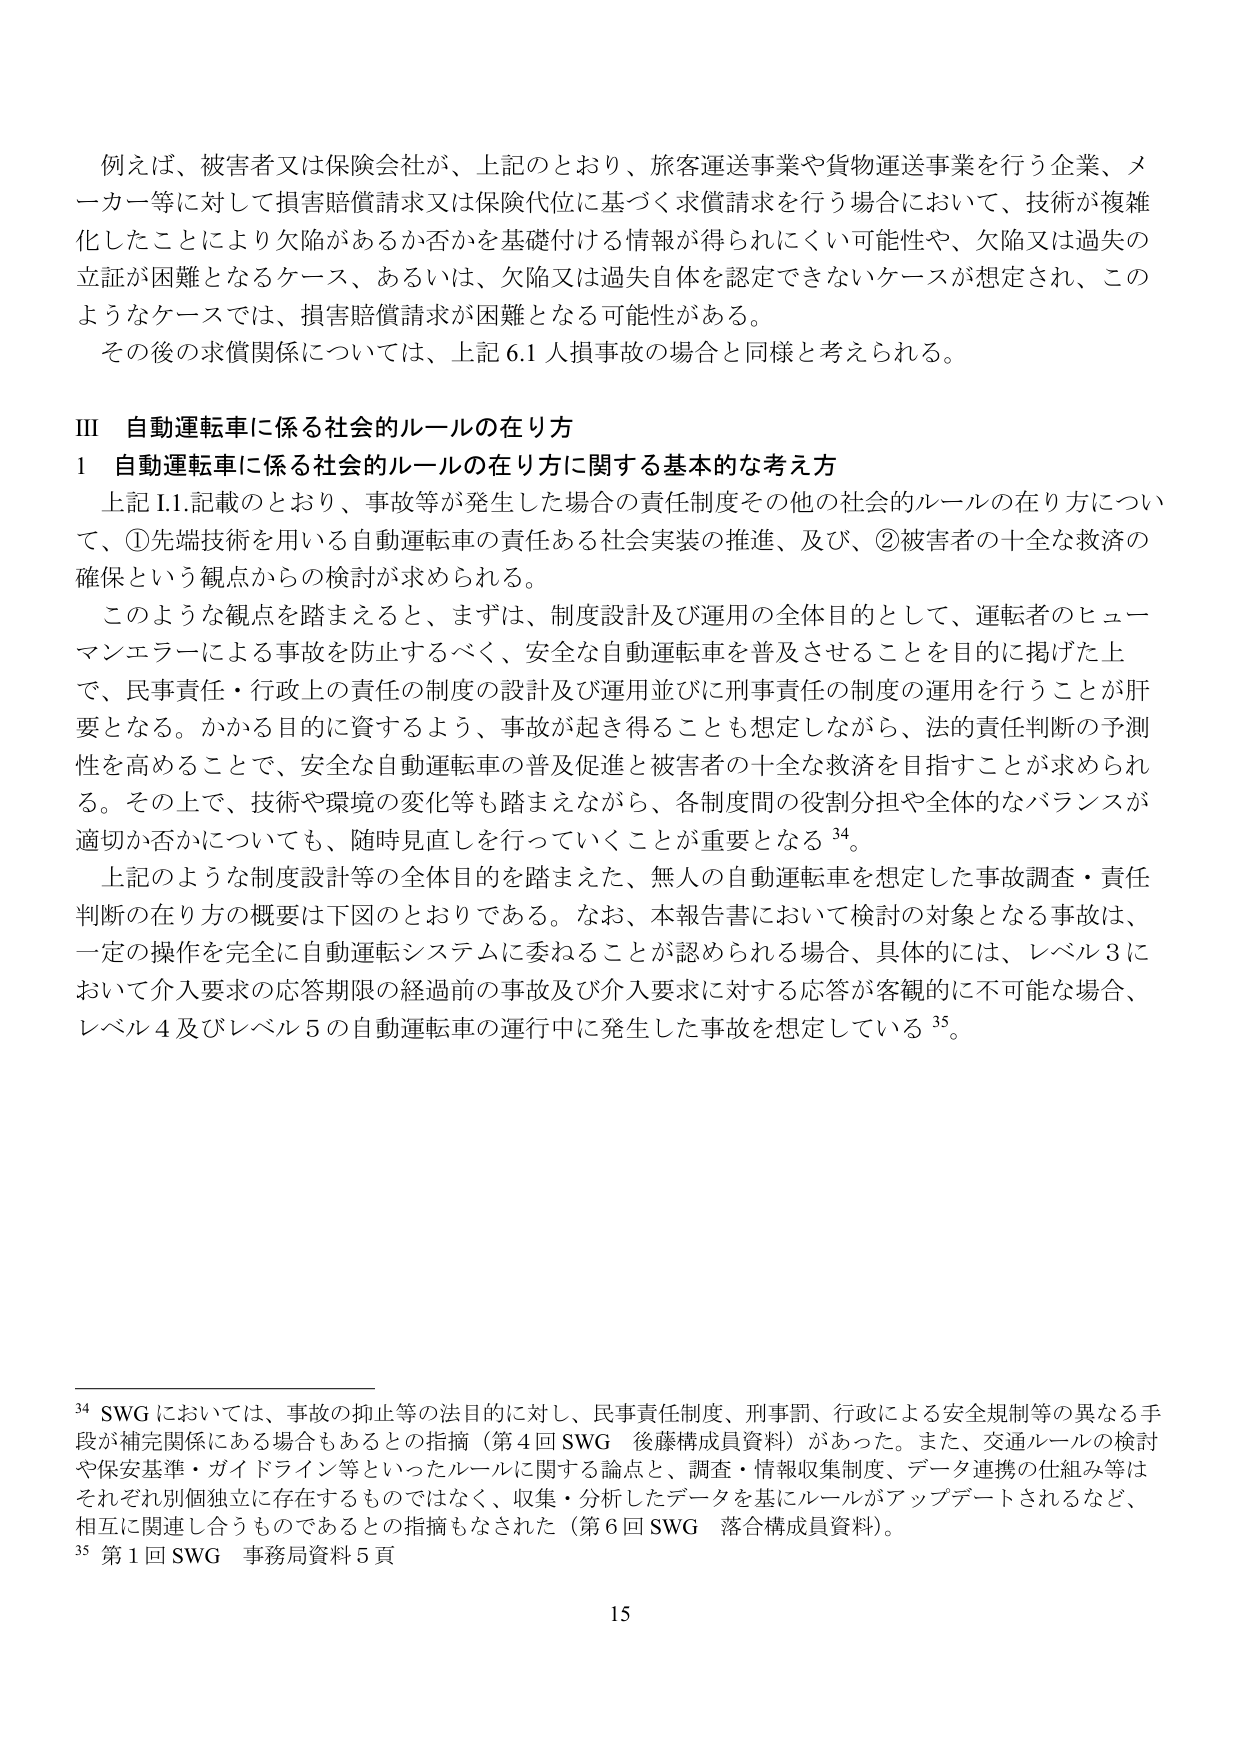
例えば、被害者又は保険会社が、上記のとおり、旅客運送事業や貨物運送事業を行う企業、メーカー等に対して損害賠償請求又は保険代位に基づく求償請求を行う場合において、技術が複雑化したことにより欠陥があるか否かを基礎付ける情報が得られにくい可能性や、欠陥又は過失の立証が困難となるケース、あるいは、欠陥又は過失自体を認定できないケースが想定され、このようなケースでは、損害賠償請求が困難となる可能性がある。

その後の求償関係については、上記 6.1 人損事故の場合と同様と考えられる。

III 自動運転車に係る社会的ルールの在り方

1 自動運転車に係る社会的ルールの在り方に関する基本的な考え方

上記 I.1.記載のとおり、事故等が発生した場合の責任制度その他の社会的ルールの在り方について、①先端技術を用いる自動運転車の責任ある社会実装の推進、及び、②被害者の十全な救済の確保という観点からの検討が求められる。

このような観点を踏まえると、まずは、制度設計及び運用の全体目的として、運転者のヒューマンエラーによる事故を防止するべく、安全な自動運転車を普及させることを目的に掲げた上で、民事責任・行政上の責任の制度の設計及び運用並びに刑事責任の制度の運用を行うことが肝要となる。かかる目的に資するよう、事故が起き得ることも想定しながら、法的責任判断の予測性を高めることで、安全な自動運転車の普及促進と被害者の十全な救済を目指すことが求められる。その上で、技術や環境の変化等も踏まえながら、各制度間の役割分担や全体的なバランスが適切か否かについても、随時見直しを行っていくことが重要となる 34。

上記のような制度設計等の全体目的を踏まえた、無人の自動運転車を想定した事故調査・責任判断の在り方の概要は下図のとおりである。なお、本報告書において検討の対象となる事故は、一定の操作を完全に自動運転システムに委ねることが認められる場合、具体的には、レベル3において介入要求の応答期限の経過前の事故及び介入要求に対する応答が客観的に不可能な場合、レベル4及びレベル5の自動運転車の運行中に発生した事故を想定している 35。

34 SWG においては、事故の抑止等の法目的に対し、民事責任制度、刑事罰、行政による安全規制等の異なる手段が補完関係にある場合もあるとの指摘（第4回 SWG 後藤構成員資料）があった。また、交通ルールの検討や保安基準・ガイドライン等といったルールに関する論点と、調査・情報収集制度、データ連携の仕組み等はそれぞれ別個独立に存在するものではなく、収集・分析したデータを基にルールがアップデートされるなど、相互に関連し合うものであるとの指摘もなされた（第6回 SWG 落合構成員資料）。

35 第1回 SWG 事務局資料5頁

15